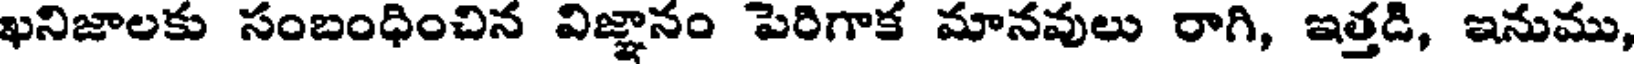
ఖనిజాలకు సంబంధించిన విజ్ఞానం పెరిగాక మానవులు రాగి, ఇత్తడి, ఇనుము,